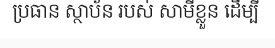
ប្រធាន ស្ថាប័ន របស់ សាមីខ្លួន ដើម្បី